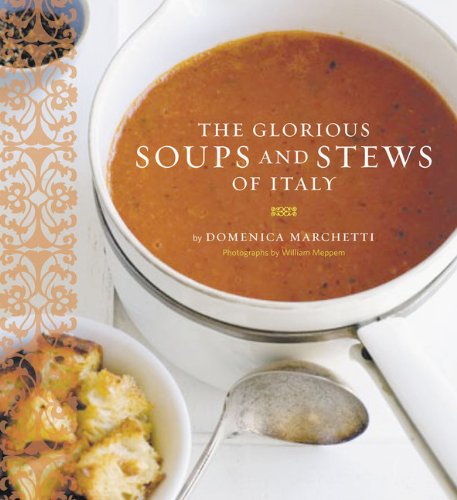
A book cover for The Glorious Soups and Stews of Italy; Domenica Marchetti; Cookbooks, Food & Wine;